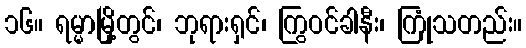
၁၆။ ရမ္မာမြို့တွင်၊ ဘုရားရှင်၊ ကြွဝင်ခါနီး၊ ကြုံသတည်း။